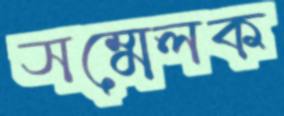
সম্মেলক